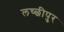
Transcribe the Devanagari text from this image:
लच्छीपुर